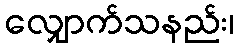
လျှောက်သနည်း၊